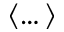
\langle \dots \rangle